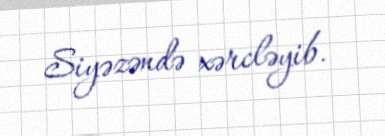
Siyəzəndə xərcləyib.